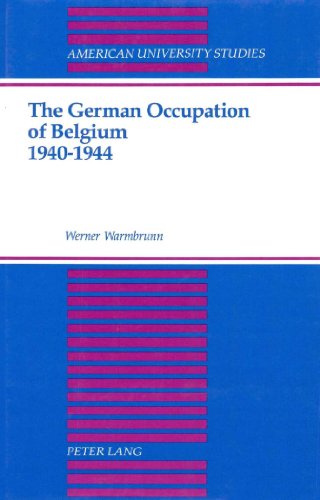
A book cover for The German Occupation of Belgium 1940-1944 (American University Studies Series IX, History); Werner Warmbrunn; History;